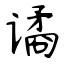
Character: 谲